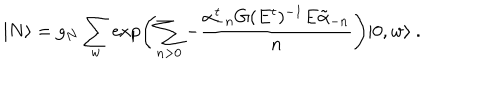
| N \rangle = g _ { N } \sum _ { w } \exp \left( \sum _ { n > 0 } - \frac { \alpha _ { - n } ^ { t } G ( E ^ { t } ) ^ { - 1 } E \tilde { \alpha } _ { - n } } { n } \right) | 0 , w \rangle \ .